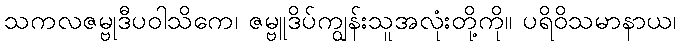
သကလဇမ္ဗုဒီပဝါသိကေ၊ ဇမ္ဗူဒိပ်ကျွန်းသူအလုံးတို့ကို။ ပရိဝိသမာနာယ၊